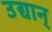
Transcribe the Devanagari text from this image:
उद्यान्